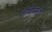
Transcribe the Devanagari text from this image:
रोमेलची